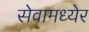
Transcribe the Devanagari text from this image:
सेवामध्येर